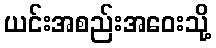
ယင်းအစည်းအဝေးသို့